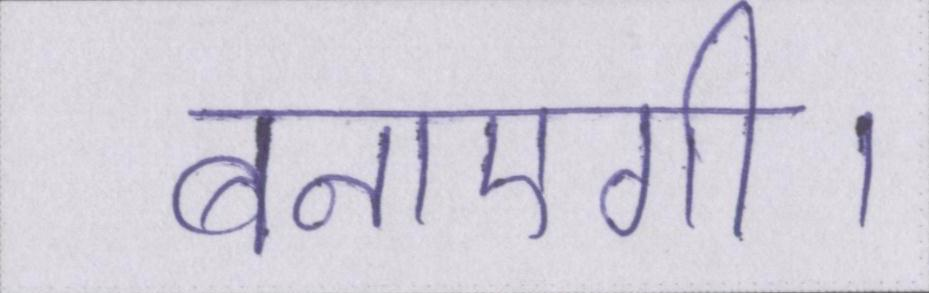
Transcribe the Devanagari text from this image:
बनाएगी।